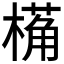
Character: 𬄌